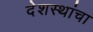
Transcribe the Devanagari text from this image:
देशस्थांचा